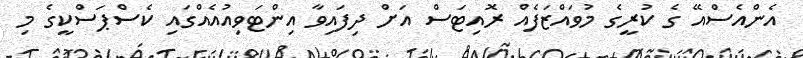
އެންއެސްއޭ ގެ ކުރީގެ މުވައްޒަފެއް ރޮއިޓަސް އަށް ދިފައިވާ އިންޓަވިއުއެއްގައި ކެސްޕަސްކީގެ މި